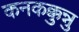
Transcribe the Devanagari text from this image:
कनकक्कुन्नु